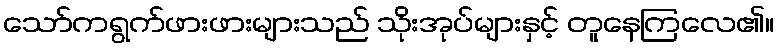
သော်ကရွက်ဖားဖားများသည် သိုးအုပ်များနှင့် တူနေကြလေ၏။